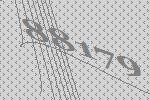
88179